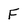
Character: F